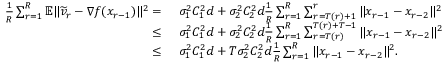
\begin{array} { r l } { \frac { 1 } { R } \sum _ { r = 1 } ^ { R } \mathbb { E } \| \widetilde v _ { r } - \nabla f ( x _ { r - 1 } ) \| ^ { 2 } = } & { \ \sigma _ { 1 } ^ { 2 } C _ { 1 } ^ { 2 } d + \sigma _ { 2 } ^ { 2 } C _ { 2 } ^ { 2 } d \frac { 1 } { R } \sum _ { r = 1 } ^ { R } \sum _ { r = T ( r ) + 1 } ^ { r } \| x _ { r - 1 } - x _ { r - 2 } \| ^ { 2 } } \\ { \leq } & { \ \sigma _ { 1 } ^ { 2 } C _ { 1 } ^ { 2 } d + \sigma _ { 2 } ^ { 2 } C _ { 2 } ^ { 2 } d \frac { 1 } { R } \sum _ { r = 1 } ^ { R } \sum _ { r = T ( r ) } ^ { T ( r ) + T - 1 } \| x _ { r - 1 } - x _ { r - 2 } \| ^ { 2 } } \\ { \leq } & { \ \sigma _ { 1 } ^ { 2 } C _ { 1 } ^ { 2 } d + T \sigma _ { 2 } ^ { 2 } C _ { 2 } ^ { 2 } d \frac { 1 } { R } \sum _ { r = 1 } ^ { R } \| x _ { r - 1 } - x _ { r - 2 } \| ^ { 2 } . } \end{array}